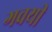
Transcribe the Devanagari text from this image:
गवयी